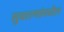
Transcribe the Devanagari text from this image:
सुधारणांमधील